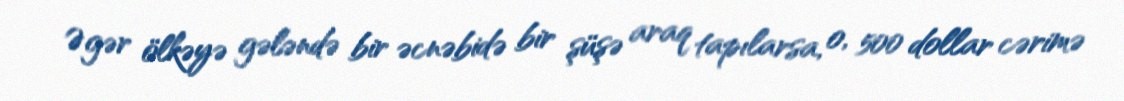
Əgər ölkəyə gələndə bir əcnəbidə bir şüşə araq tapılarsa, o, 500 dollar cərimə